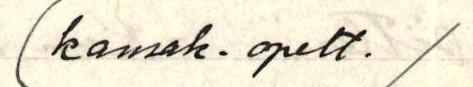
(kansak. opett. /